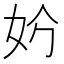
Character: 𡛐